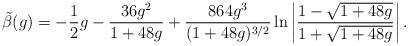
LaTeX: \begin{align*}\tilde{\beta}(g) =-\frac{1}{2}g -\frac{36g^2}{1+48g}+ \frac{864g^3}{(1+48g)^{3/2}}\ln\left| \frac{1-\sqrt{1+48g} }{1+\sqrt{1+48g} } \right| .\end{align*}